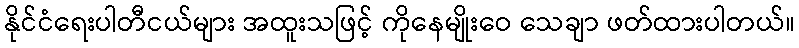
နိုင်ငံရေးပါတီငယ်များ အထူးသဖြင့် ကိုနေမျိုးဝေ သေချာ ဖတ်ထားပါတယ်။